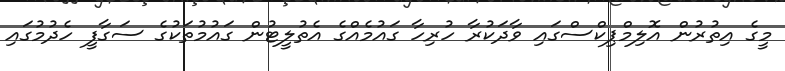
މީގެ އިތުރުން އޮލިމްޕިކްސްގައި ވާދަކުރާ ހުރިހާ ގައުމެއްގެ އެތުލީޓުން ގައުމުތަކުގެ ސަގާފީ ހެދުމުގައި